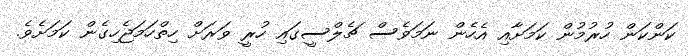
ކަންކަން ހުރުމުން ކަމަށާއި އެހެން ނަމަވެސް ޗެލްސީގައި ހުރީ ވަރަށް ހިތްހަމަޖެހިގެން ކަމަށެވެ.